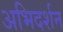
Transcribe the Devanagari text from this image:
अभिदर्शन